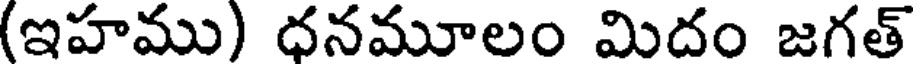
(ఇహము) ధనమూలం మిదం జగత్